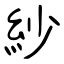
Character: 紗